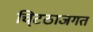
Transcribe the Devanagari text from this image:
चि्टठाजगत